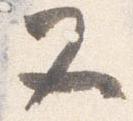
又